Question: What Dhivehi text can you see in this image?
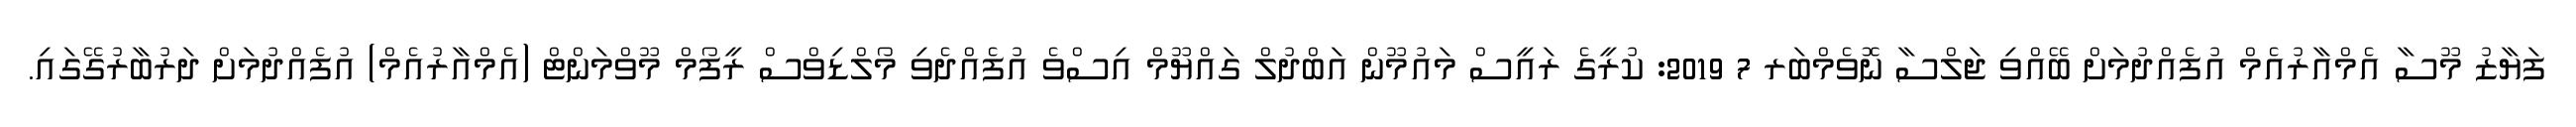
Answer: ފަޔާޒު މޫސާ އެމްއާރުއެމް އުފެއްދުމަށް ބޭއްވި ޖަލްސާ ނޮވެމްބަރ 7 2019: ކުރީގެ ރައީސް މައުމޫން އަބްދުލް ގައްޔޫމް އިސްވެ އުފެއްދެވި މޯލްޑިވްސް ރީފޯމް މޫވްމަންޓް (އެމްއާރުއެމް) އުފެއްދުމަށް ދަރުބާރުގޭގައި.